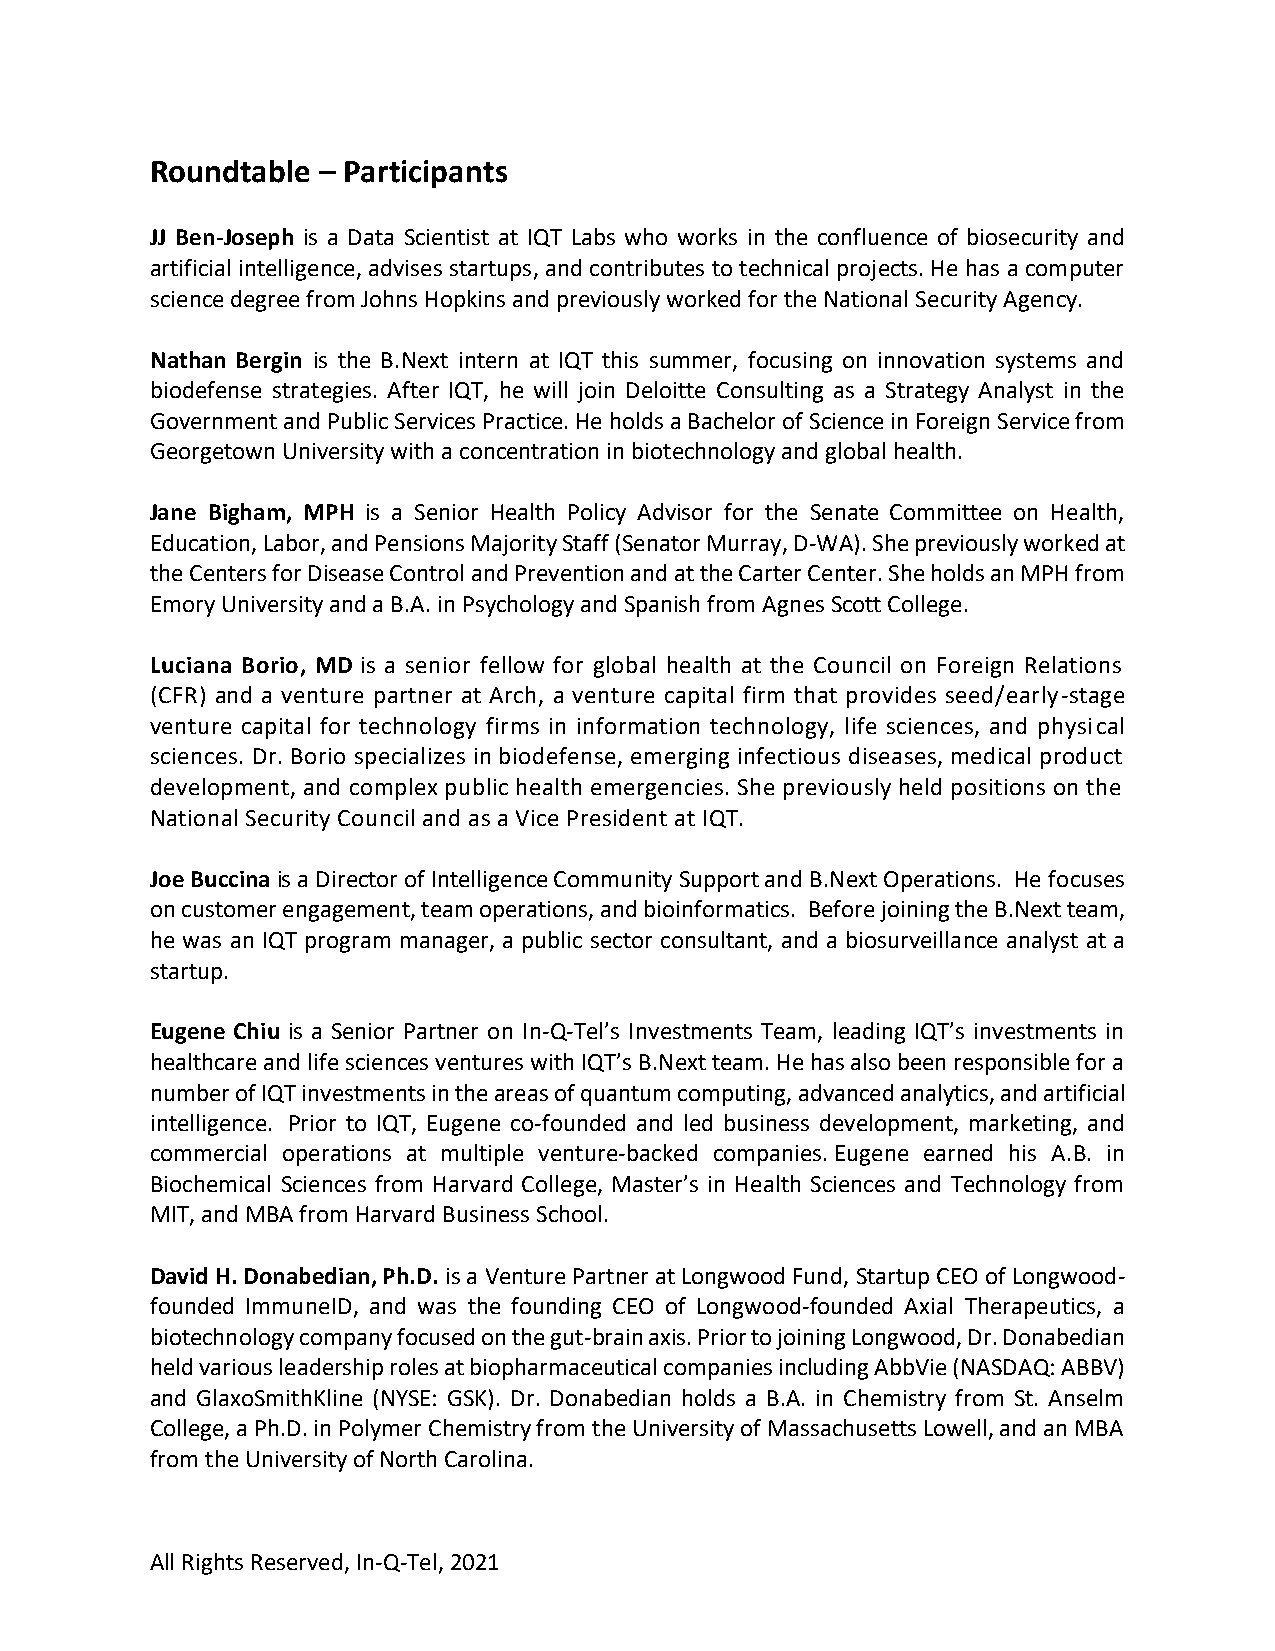
Roundtable – Participants
 JJ Ben-Joseph is a Data Scientist at IQT Labs who works in the confluence of biosecurity and
 artificial intelligence, advises startups, and contributes to technical projects. He has a computer
 science degree from Johns Hopkins and previously worked for the National Security Agency.
 Nathan Bergin is the B.Next intern at IQT this summer, focusing on innovation systems and
 biodefense strategies. After IQT, he will join Deloitte Consulting as a Strategy Analyst in the
 Government and Public Services Practice. He holds a Bachelor of Science in Foreign Service from
 Georgetown University with a concentration in biotechnology and global health.
 Jane Bigham, MPH is a Senior Health Policy Advisor for the Senate Committee on Health,
 Education, Labor, and Pensions Majority Staff (Senator Murray, D-WA). She previously worked at
 the Centers for Disease Control and Prevention and at the Carter Center. She holds an MPH from
 Emory University and a B.A. in Psychology and Spanish from Agnes Scott College.
 Luciana Borio, MD is a senior fellow for global health at the Council on Foreign Relations
 (CFR) and a venture partner at Arch, a venture capital firm that provides seed/early-stage
 venture capital for technology firms in information technology, life sciences, and physical
 sciences. Dr. Borio specializes in biodefense, emerging infectious diseases, medical product
 development, and complex public health emergencies. She previously held positions on the
 National Security Council and as a Vice President at IQT.
 Joe Buccina is a Director of Intelligence Community Support and B.Next Operations. He focuses
 on customer engagement, team operations, and bioinformatics. Before joining the B.Next team,
 he was an IQT program manager, a public sector consultant, and a biosurveillance analyst at a
 startup.
 Eugene Chiu is a Senior Partner on In-Q-Tel’s Investments Team, leading IQT’s investments in
 healthcare and life sciences ventures with IQT’s B.Next team. He has also been responsible for a
 number of IQT investments in the areas of quantum computing, advanced analytics, and artificial
 intelligence. Prior to IQT, Eugene co-founded and led business development, marketing, and
 commercial operations at multiple venture-backed companies. Eugene earned his A.B. in
 Biochemical Sciences from Harvard College, Master’s in Health Sciences and Technology from
 MIT, and MBA from Harvard Business School.
 David H. Donabedian, Ph.D. is a Venture Partner at Longwood Fund, Startup CEO of Longwood-
 founded ImmuneID, and was the founding CEO of Longwood-founded Axial Therapeutics, a
 biotechnology company focused on the gut-brain axis. Prior to joining Longwood, Dr. Donabedian
 held various leadership roles at biopharmaceutical companies including AbbVie (NASDAQ: ABBV)
 and GlaxoSmithKline (NYSE: GSK). Dr. Donabedian holds a B.A. in Chemistry from St. Anselm
 College, a Ph.D. in Polymer Chemistry from the University of Massachusetts Lowell, and an MBA
 from the University of North Carolina.
 All Rights Reserved, In-Q-Tel, 2021